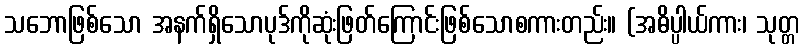
သဘောဖြစ်သော အနက်ရှိသောပုဒ်ကိုဆုံးဖြတ်ကြောင်းဖြစ်သောစကားတည်း။ (အဓိပ္ပါယ်ကား၊ သုတ္တ